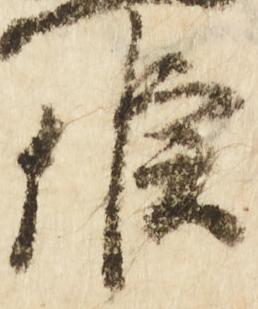
候